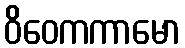
ဝိဝေကကာမော